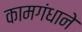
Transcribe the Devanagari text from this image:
कामगंधाने